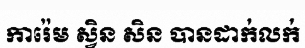
ការ៉េម ស្វិន សិន បានដាក់លក់